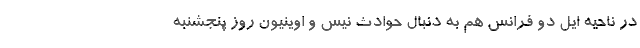
در ناحیه ایل دو فرانس هم به دنبال حوادث نیس و اوینیون روز پنجشنبه